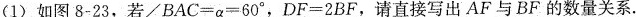
(1)如图8-23，若$$\angle BAC=a=60^{\circ}$$ ，$$DF=2BF$$，请直接写出AF与BF的数量关系。